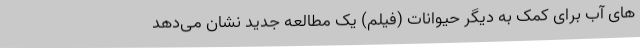
های آب برای کمک به دیگر حیوانات (فیلم) یک مطالعه جدید نشان می‌دهد